Laane_maakonnavalitsus, lk 4
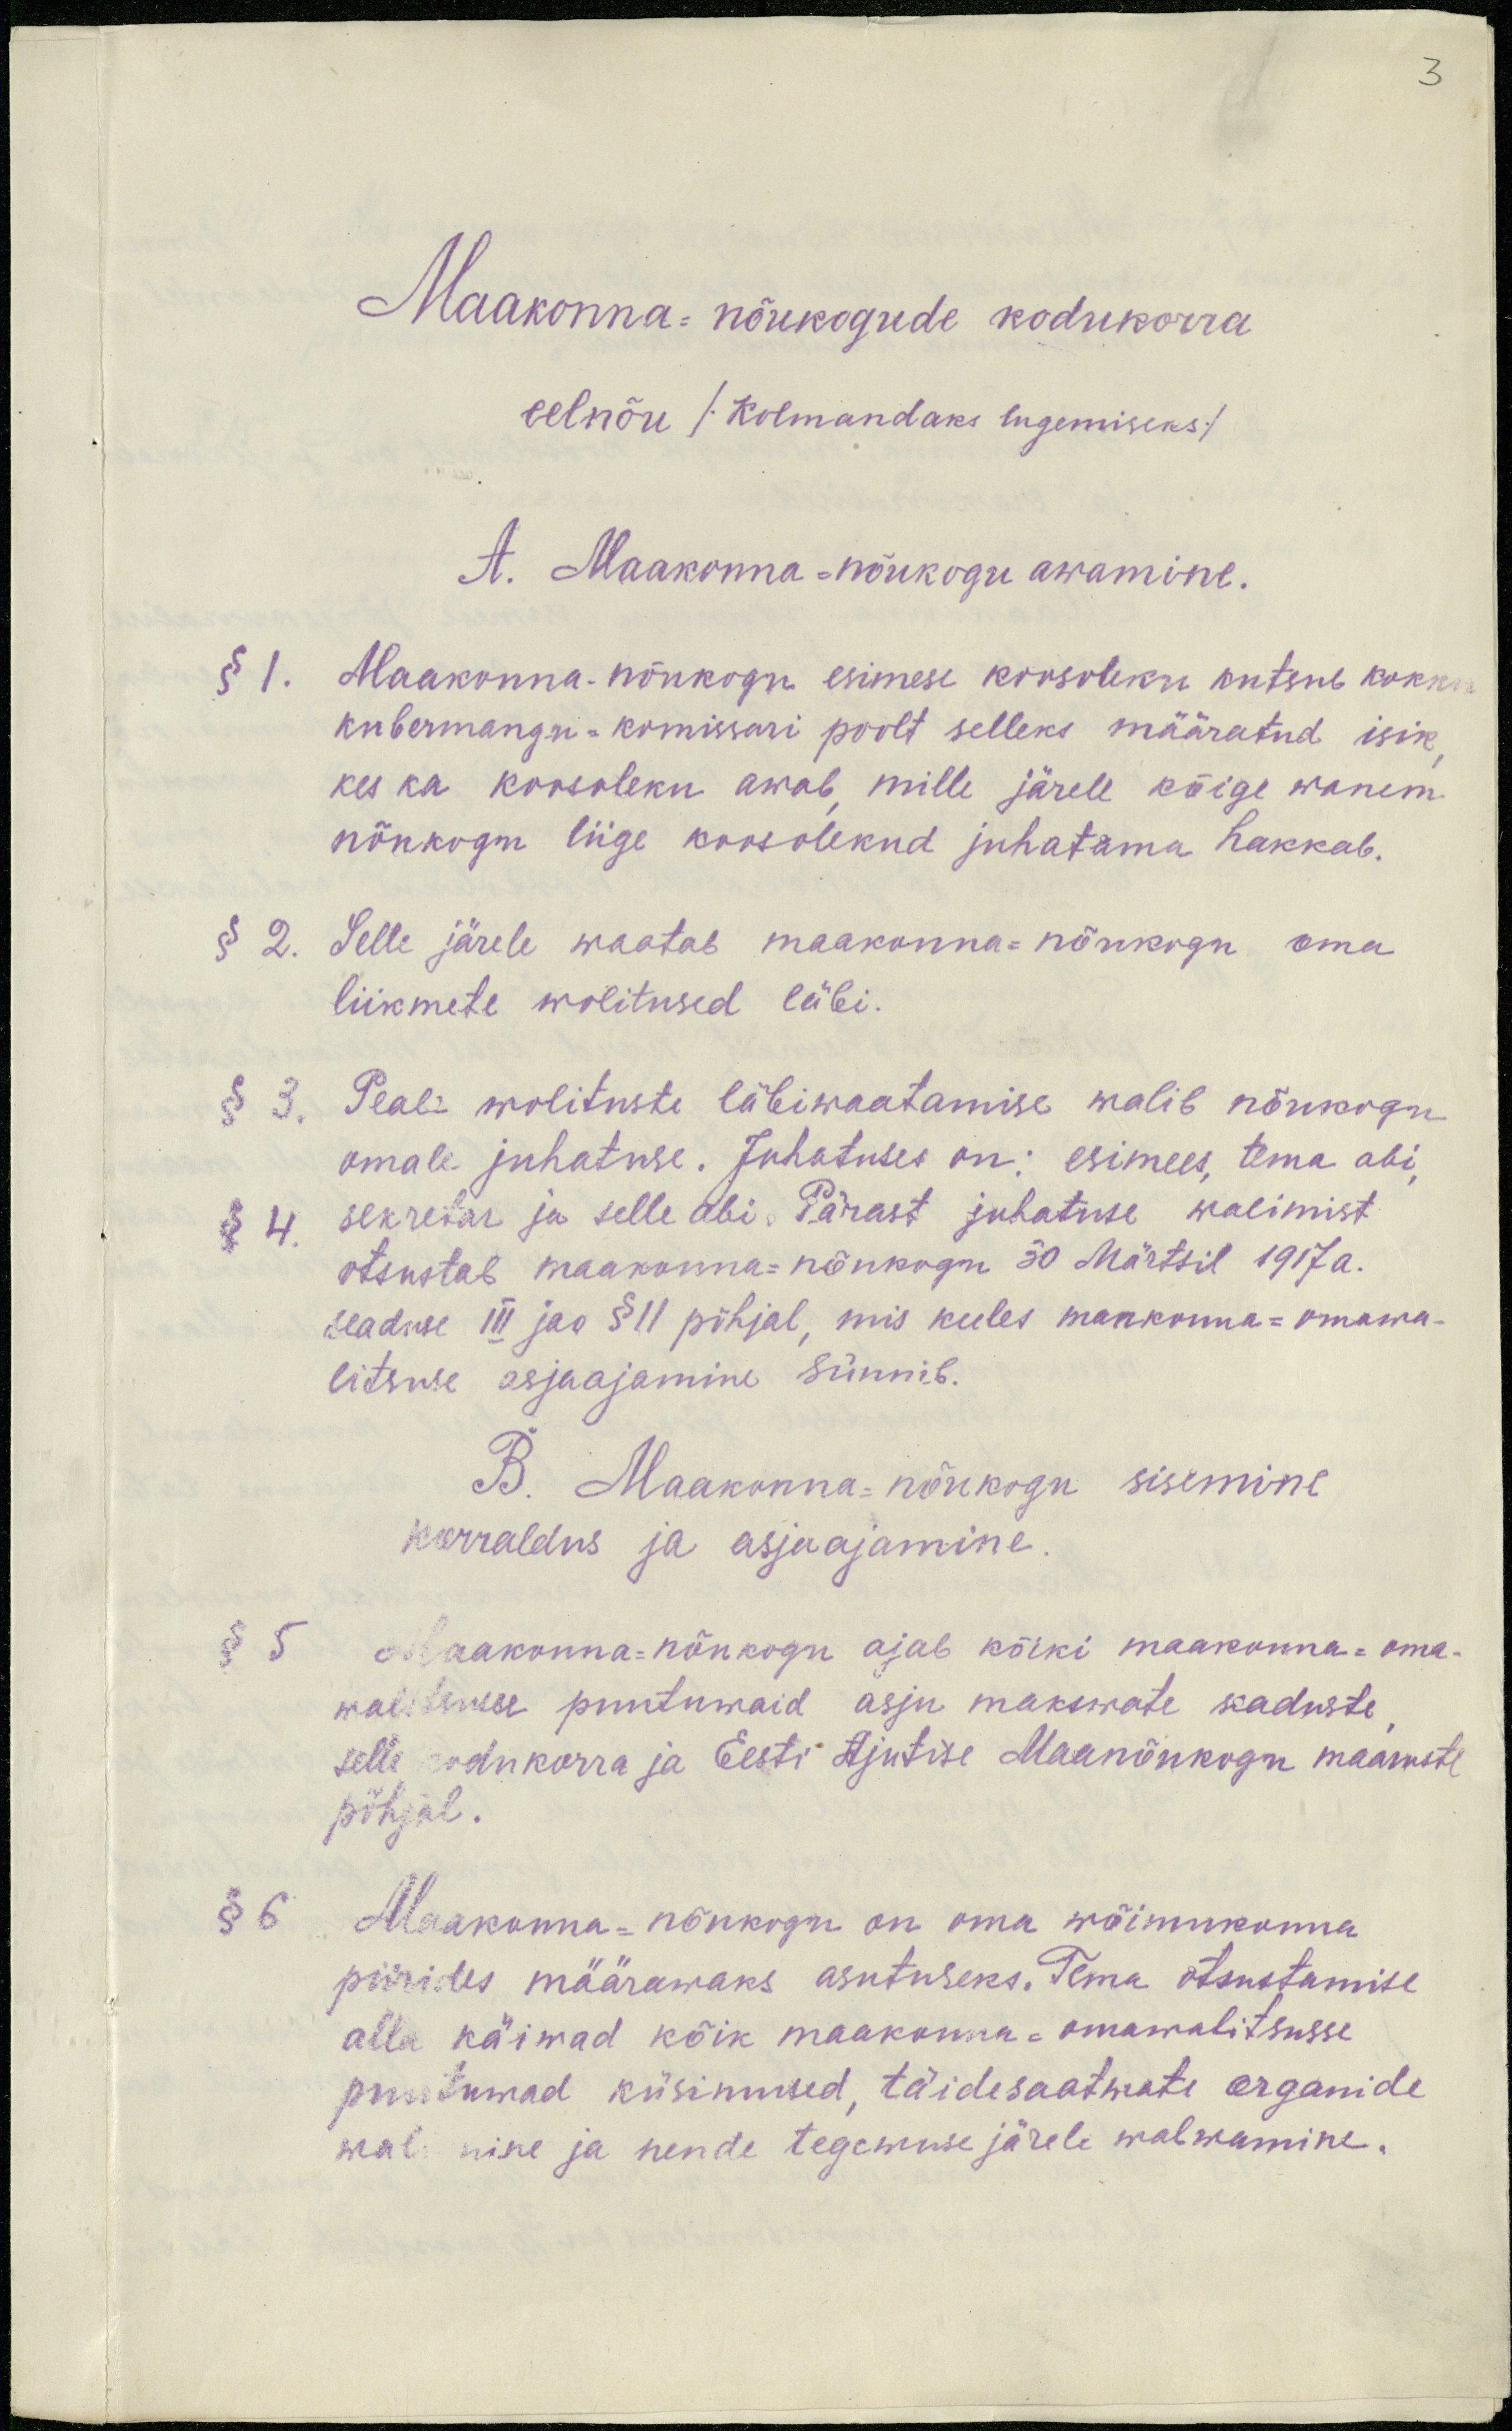
3

Maakonna-nõukogude kodukorra
eelnõu / Kolmandaks lugemiseks/
A. Maakonna-nõukogu awamine.
§ 1. Maakonna-nõukogu esimese koosoleku antene kokku
kubermangu-komissari poolt selleks määratud isik,
kes ka koosoleku awab mille järele kõige wanem
nõukogu liige koosolekud juhatama hakkab.
§ 2. Selle järele waatab maakonna-nõukogu oma
liikmete wolitused läbi.
§ 3. Peale wolituste läbiwaatamise walib nõukogu
omale juhatuse. Juhatuses on: esimees, tema abi,
§ 4. sekretär ja selle abi. Pärast juhatuse walimist
otsustab maakonna-nõukogu 30 Märtsil 1917a.
seaduse III jao § 11 põhjal, mis keeles maakonna-omawa-
litsuse asjaajamine sünnib.
B. Maakonna-nõukogu sisemine
korraldus ja asjaajamine.
§ 5.
Maakonna-nõukogu ajab kõiki maakonna-oma-
walitsusse puutumaid asju makswate seaduste
selle kodukorra ja Eesti Ajutise Maanõukogu maaruste
põhjal.
§ 6.
Maakonna-nõukogu on oma wõimukonna
piirides määrawaks asutuseks. Tema otsustamise
alla käiwad kõik maakonna-omawalitsusse.
puutuvad küsimused, täidesaatwate organide
wal. mine ja nende tegemuse järele walwamine.